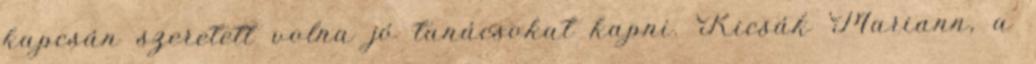
kapcsán szeretett volna jó tanácsokat kapni. Kicsák Mariann, a